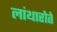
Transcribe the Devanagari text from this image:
लांथारोते